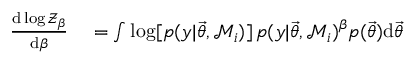
\begin{array} { r l } { \frac { \mathrm { d } \log \mathcal { Z } _ { \beta } } { \mathrm { d } \beta } } & { { } = \int \log [ p ( y | \ensuremath { \vec { \theta } } , \mathcal { M } _ { i } ) ] \, p ( y | \ensuremath { \vec { \theta } } , \mathcal { M } _ { i } ) ^ { \beta } p ( \ensuremath { \vec { \theta } } ) \mathrm { d } \ensuremath { \vec { \theta } } } \end{array}